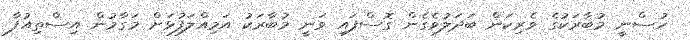
ހުސްނީ މުބާރަކުގެ ވެރިކަން ބަދަލުވެގެން ގޮސްފައި ވަނީ މުބާރަކު އަމިއްލަފުޅަށް މަގާމުން އިސްތިއުފާ